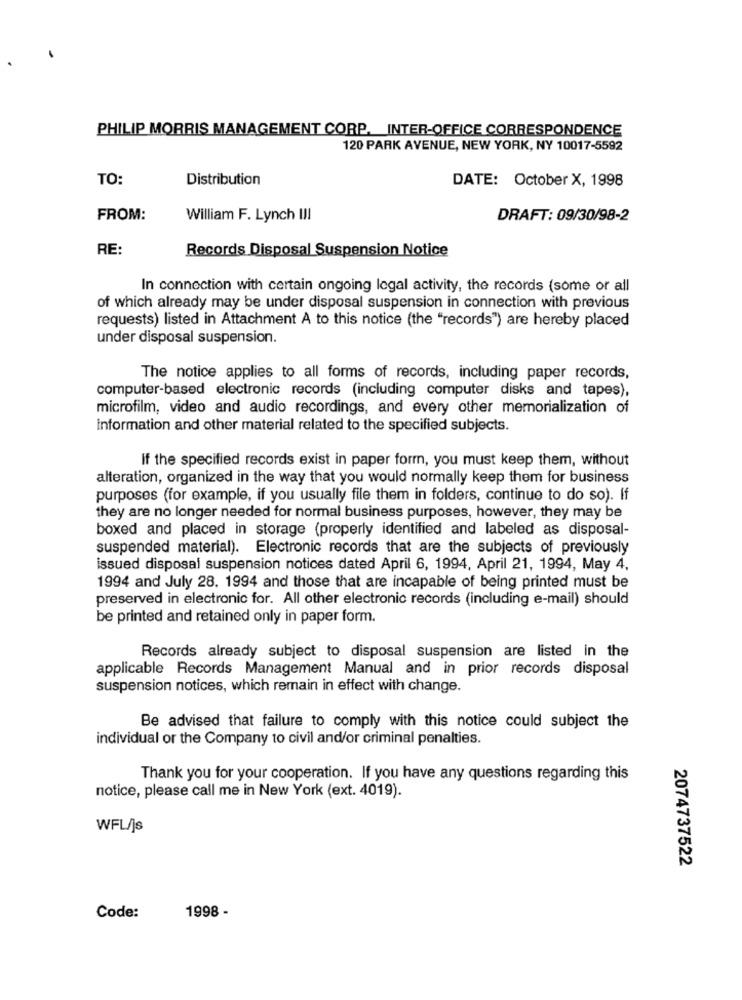
PHILIP MORRIS MANAGEMENT CORP. INTER-OFFICE CORRESPONDENCE
120 PARK AVENUE, NEW YORK, NY 10017-5592
TO:
Distribution
DATE: October X, 1998
FROM:
William F. Lynch III
DRAFT: 09/30/98-2
RE:
Records Disposal Suspension Notice
In connection with certain ongoing legal activity, the records (some or all
of which already may be under disposal suspension in connection with previous
requests) listed in Attachment A to this notice (the "records") are hereby placed
under disposal suspension.
The notice applies to all forms of records, including paper records,
computer-based electronic records (including computer disks and tapes),
microfilm, video and audio recordings, and every other memorialization of
information and other material related to the specified subjects.
If the specified records exist in paper form, you must keep them, without
alteration, organized in the way that you would normally keep them for business
purposes (for example, if you usually file them in folders, continue to do so). If
they are no longer needed for normal business purposes, however, they may be
boxed and placed in storage (properly identified and labeled as disposal-
suspended material). Electronic records that are the subjects of previously
issued disposal suspension notices dated April 6, 1994, April 21, 1994, May 4,
1994 and July 28. 1994 and those that are incapable of being printed must be
preserved in electronic for. All other electronic records (including e-mail) should
be printed and retained only in paper form.
Records already subject to disposal suspension are listed in the
applicable Records Management Manual and in prior records disposal
suspension notices, which remain in effect with change.
Be advised that failure to comply with this notice could subject the
individual or the Company to civil and/or criminal penalties.
Thank you for your cooperation. If you have any questions regarding this
notice, please call me in New York (ext. 4019).
WFL/js
2074737522
Code:
1998 -